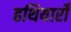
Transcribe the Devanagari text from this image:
हथियारोँ